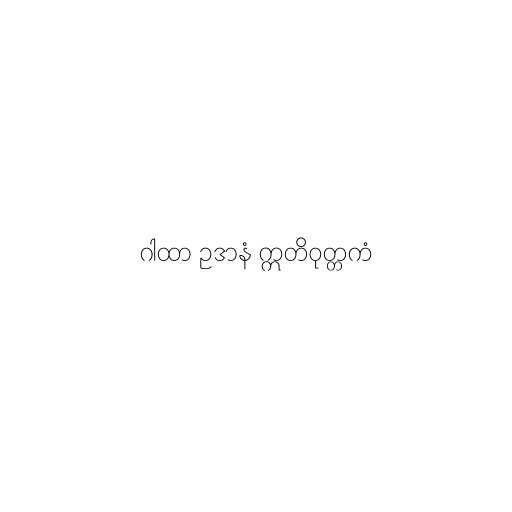
ဂါထာ ဥဒာနံ ဣတိဝုတ္တကံ